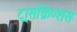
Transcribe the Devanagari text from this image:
ट्रांसक्रिप्शंस